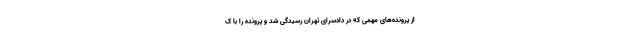
از پرونده‌های مهمی که در دادسرای تهران رسیدگی شد و پرونده را با ک